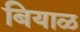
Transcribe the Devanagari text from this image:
बियाळ